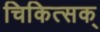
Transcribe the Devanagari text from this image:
चिकित्सक्